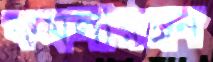
কমলারঞ্জন